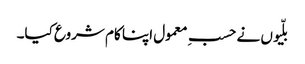
بلّیوں نے حسبِ معمول اپنا کام شروع کیا۔